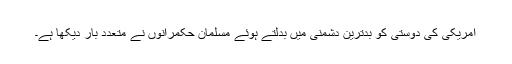
امریکی کی دوستی کو بدترین دشمنی میں بدلتے ہوئے مسلمان حکمرانوں نے متعدد بار دیکھا ہے۔